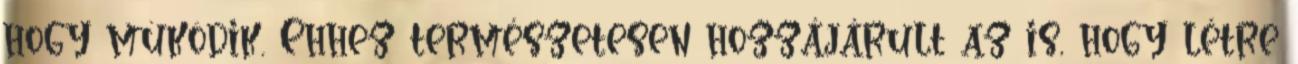
hogy mûködik. Ehhez természetesen hozzájárult az is, hogy létre